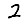
Digit: 2